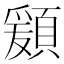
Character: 𩔃